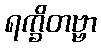
ရက္ခိတဗ္ဗာ